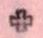
+